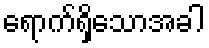
ရောက်ရှိသောအခါ